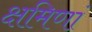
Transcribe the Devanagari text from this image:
क्षमिणां